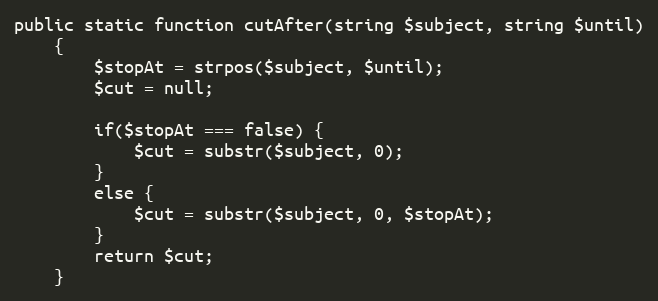
Language: PHP
public static function cutAfter(string $subject, string $until)
    {
        $stopAt = strpos($subject, $until);
        $cut = null;

        if($stopAt === false) {
            $cut = substr($subject, 0);
        }
        else {
            $cut = substr($subject, 0, $stopAt);
        }
        return $cut;
    }